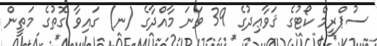
ސުޕްރީމް ކޯޓުގެ ޤަވާޢިދުގެ 39 ވަނަ މާއްދާގެ (ނ) ގައިވާ ގޮތުގެ މަތީން